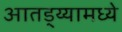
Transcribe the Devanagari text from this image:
आतड्य्यामध्ये